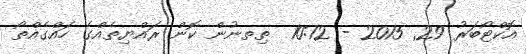
އޮކްޓޯބަރު 29